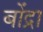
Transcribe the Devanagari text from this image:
बोंद्रा